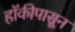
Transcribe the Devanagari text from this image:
हॉकीपासून